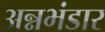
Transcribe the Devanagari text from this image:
अन्नभंडार